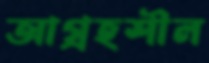
আগ্রহশীল